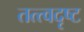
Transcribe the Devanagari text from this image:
तत्त्वदृष्ट